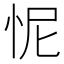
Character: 怩